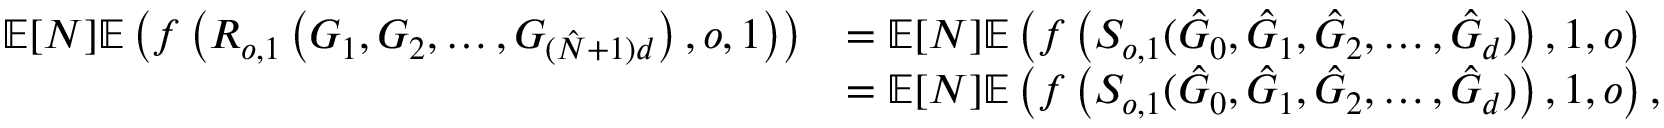
\begin{array} { r l } { \mathbb { E } [ N ] \mathbb { E } \left( f \left( R _ { o , 1 } \left( G _ { 1 } , G _ { 2 } , \ldots , G _ { ( \hat { N } + 1 ) d } \right) , o , 1 \right) \right) } & { = \mathbb { E } [ N ] \mathbb { E } \left( f \left( S _ { o , 1 } ( \hat { G } _ { 0 } , \hat { G } _ { 1 } , \hat { G } _ { 2 } , \ldots , \hat { G } _ { d } ) \right) , 1 , o \right) } \\ & { = \mathbb { E } [ N ] \mathbb { E } \left( f \left( S _ { o , 1 } ( \hat { G } _ { 0 } , \hat { G } _ { 1 } , \hat { G } _ { 2 } , \ldots , \hat { G } _ { d } ) \right) , 1 , o \right) , } \end{array}